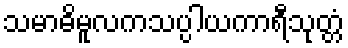
သမာဓိမူလကသပ္ပါယကာရီသုတ္တံ